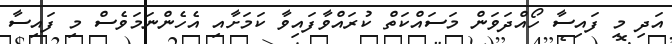
އަދި މި ފައިސާ ހޯއްދަވަން މަސައްކަތް ކުރައްވާފަައިވާ ކަމަށާއި އެހެންނަމަވެސް މި ފައިސާ